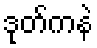
ဒုတ်ကနဲ